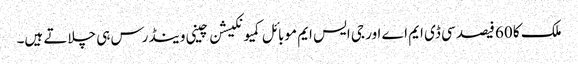
ملک کا 60 فیصد سی ڈی ایم اے اور جی ایس ایم موبائل کمیونکیشن چینی وینڈرس ہی چلاتے ہیں۔